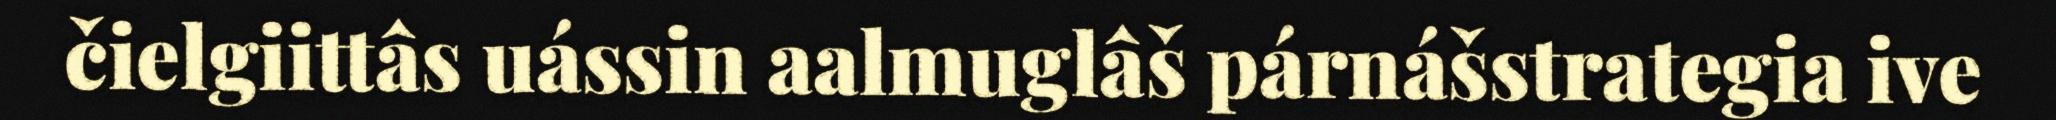
čielgiittâs uássin aalmuglâš párnášstrategia ive